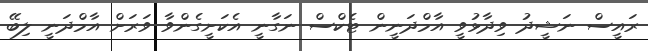
ރައީސް ނަޝީދު ވިދާޅުވީ އާމްދަނީން ޓެކްސް ނަގާނީ އެކަށީގެންވާ ވަރަށް އާމްދަނީ ލިބޭ